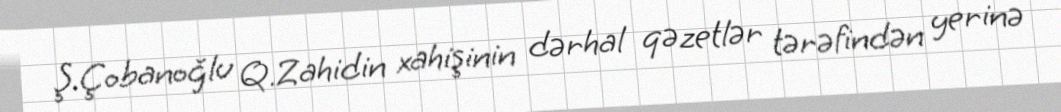
Ş.Çobanoğlu Q.Zahidin xahişinin dərhal qəzetlər tərəfindən yerinə